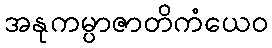
အနုကမ္ပာဇာတိကံယေဝ